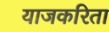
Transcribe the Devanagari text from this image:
याजकरिता